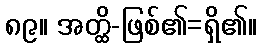
၈၉။ အတ္ထိ-ဖြစ်၏=ရှိ၏။